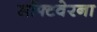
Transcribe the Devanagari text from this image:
सॉफ्टवेरना